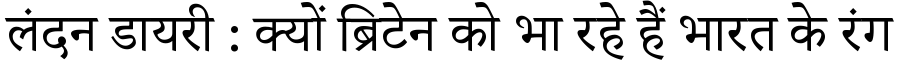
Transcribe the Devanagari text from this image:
लंदन डायरी : क्यों ब्रिटेन को भा रहे हैं भारत के रंग